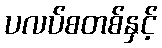
ပလပ်စတစ်နှင့်